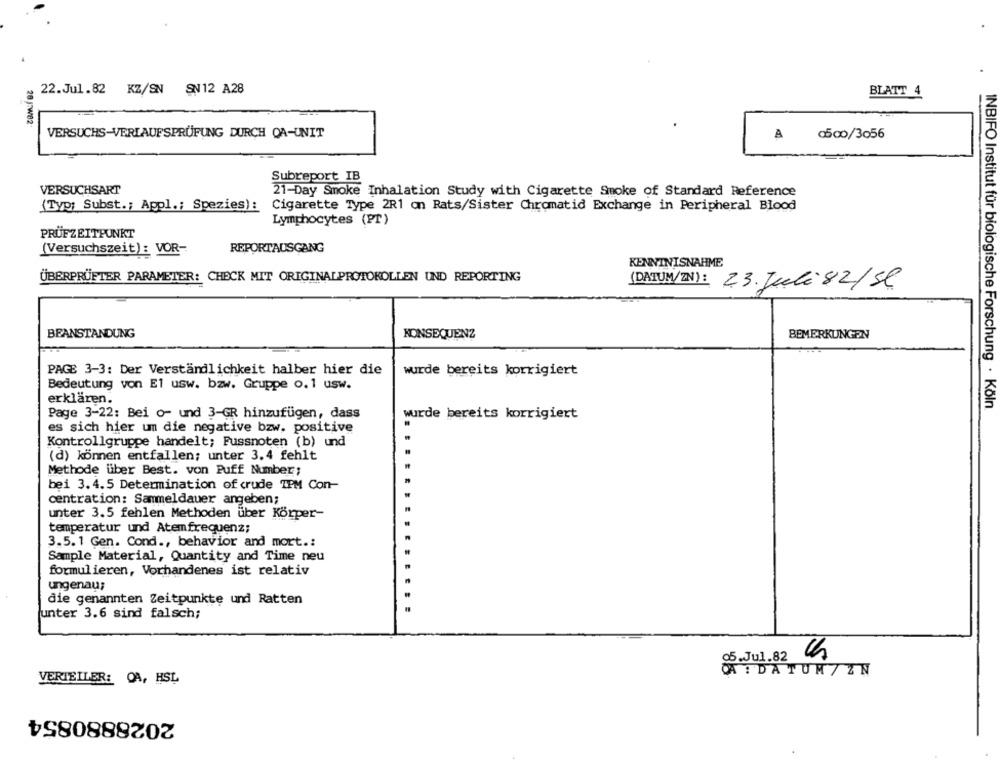
.
22.Jul.82 KZ/SN SN12 A28
BLATT 4
28 J7W82
VERSUCHS-VERLAUFSPRÜFUNG DURCH OA-UNIT
A
0500/3056
Subreport IB
VERSUCHSART
21-Day Smoke Inhalation Study with Cigarette Smoke of Standard Reference
(Typ: Subst .; Appl .; Spezies):
Cigarette Type 2R1 on Rats/Sister Chromatid Exchange in Peripheral Blood
Lymphocytes (PT)
PRÜFZEITPUNKT
(Versuchszeit): VOR-
REPORTAUSGANG
KENNTNISNAHME
ÜBERPRÜFTER PARAMETER: CHECK MIT ORIGINALPROTOKOLLEN UND REPORTING
23. Juli 82/Sl
BEANSTANDUNG
KONSEQUENZ
BEMERKUNGEN
PAGE 3-3: Der Verständlichkeit halber hier die
wurde bereits korrigiert
Bedeutung von El usw. bzw. Gruppe o.1 usw.
erklären.
INBIFO Institut für biologische Forschung . Köln
Page 3-22: Bei o- und 3-GR hinzufügen, dass
wurde bereits korrigiert
es sich hier um die negative bzw. positive
Kontrollgruppe handelt; Fussnoten (b) und
(d) können entfallen; unter 3.4 fehlt
Methode über Best. von Puff Number:
bei 3.4.5 Determination of crude TPM Con-
centration: Sammeldauer angeben;
unter 3.5 fehlen Methoden uber Körper-
temperatur und Atemfrequenz;
3.5.1 Gen. Cond ., behavior and mort .:
Sample Material, Quantity and Time neu
formulieren, Vorhandenes ist relativ
ungenau;
die genannten Zeitpunkte und Ratten
unter 3.6 sind falsch;
5.Jul.82
CA : DATUM/ ZN
VERTEILER: OA, HSL
2028880854